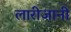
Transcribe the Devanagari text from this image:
लारीजानी